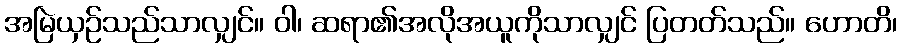
အမြဲယှဉ်သည်သာလျှင်။ ဝါ၊ ဆရာ၏အလိုအယူကိုသာလျှင် ပြတတ်သည်။ ဟောတိ၊